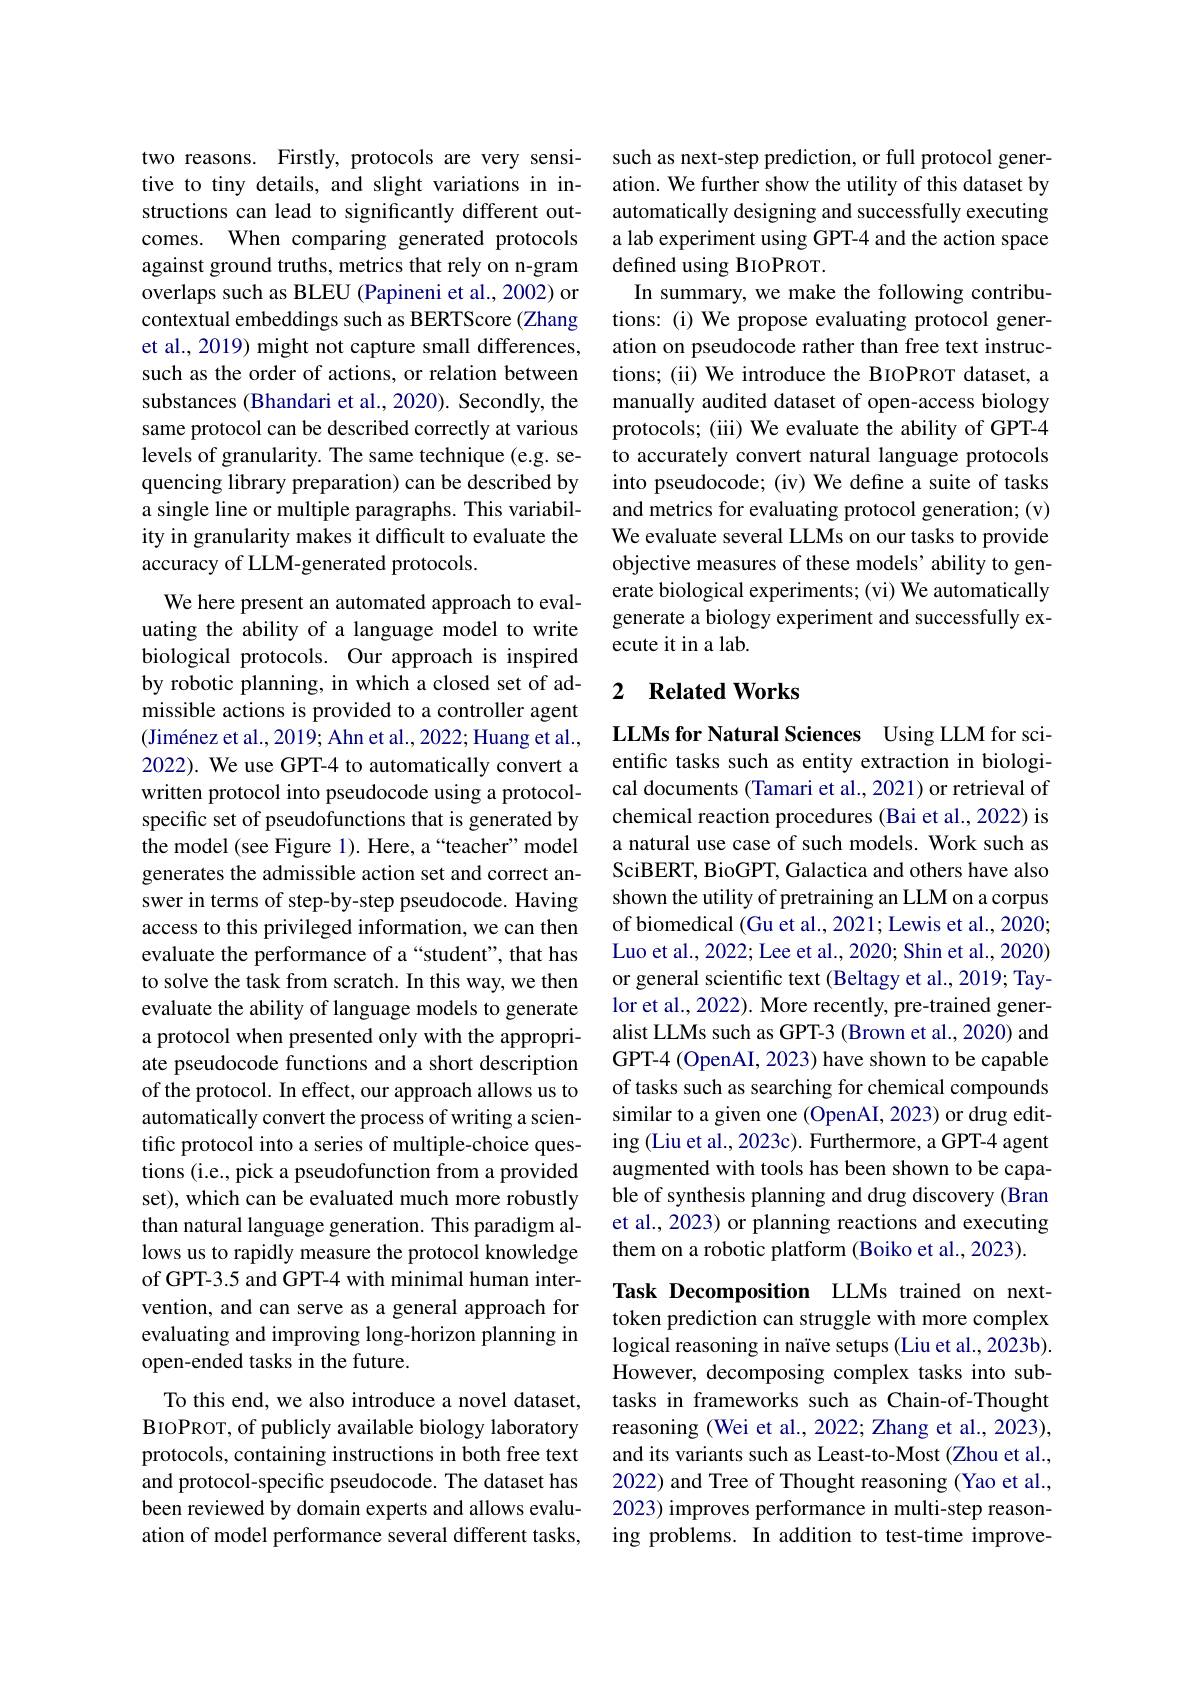
two reasons. Firstly, protocols are very sensitive to tiny details, and slight variations in instructions can lead to significantly different outcomes. When comparing generated protocols against ground truths, metrics that rely on n-gram overlaps such as BLEU (Papineni et al., 2002) or contextual embeddings such as BERTScore (Zhang et al., 2019) might not capture small differences, such as the order of actions, or relation between substances (Bhandari et al., 2020). Secondly, the same protocol can be described correctly at various levels of granularity. The same technique (e.g. sequencing library preparation) can be described by a single line or multiple paragraphs. This variability in granularity makes it difficult to evaluate the accuracy of LLM-generated protocols.

We here present an automated approach to evaluating the ability of a language model to write biological protocols. Our approach is inspired by robotic planning, in which a closed set of admissible actions is provided to a controller agent $( \text{Jim\' {e}nezetal. , 2019; Ahnetal. , 2022; Huangetal. , }$ 2022). We use GPT-4 to automatically convert a written protocol into pseudocode using a protocolspecific set of pseudofunctions that is generated by the model (see Figure 1). Here, a“teacher” model generates the admissible action set and correct answer in terms of step-by-step pseudocode. Having access to this privileged information, we can then evaluate the performance of a “student”, that has to solve the task from scratch. In this way, we then evaluate the ability of language models to generate a protocol when presented only with the appropriate pseudocode functions and a short description of the protocol. In effect, our approach allows us to automatically convert the process of writing a scientific protocol into a series of multiple-choice questions (i.e., pick a pseudofunction from a provided set), which can be evaluated much more robustly than natural language generation. This paradigm allows us to rapidly measure the protocol knowledge of GPT-3.5 and GPT-4 with minimal human intervention, and can serve as a general approach for evaluating and improving long-horizon planning in open-ended tasks in the future.
To this end, we also introduce a novel dataset, BIOPROT, of publicly available biology laboratory protocols, containing instructions in both free text and protocol-specific pseudocode. The dataset has been reviewed by domain experts and allows evaluation of model performance several different tasks,

such as next-step prediction, or full protocol generation. We further show the utility of this dataset by automatically designing and successfully executing a lab experiment using GPT-4 and the action space defined using BIOPROT.
In summary, we make the following contributions: (i) We propose evaluating protocol generation on pseudocode rather than free text instructions; (ii) We introduce the BIOPROT dataset, a manually audited dataset of open-access biology protocols; (iii) We evaluate the ability of GPT-4 to accurately convert natural language protocols into pseudocode; (iv) We define a suite of tasks and metrics for evaluating protocol generation; (v) We evaluate several LLMs on our tasks to provide objective measures of these models' ability to generate biological experiments; (vi) We automatically generate a biology experiment and successfully execute it in a lab.

## 2 Related Works

LLMs for Natural Sciences Using LLM for scientific tasks such as entity extraction in biological documents (Tamari et al., 2021) or retrieval of chemical reaction procedures (Bai et al., 2022) is a natural use case of such models. Work such as SciBERT, BioGPT, Galactica and others have also shown the utility of pretraining an LLM on a corpus of biomedical (Gu et al., 2021; Lewis et al., 2020; Luo et al., 2022; Lee et al., 2020; Shin et al., 2020) or general scientific text (Beltagy et al., 2019; Taylor et al., 2022). More recently, pre-trained generalist LLMs such as GPT-3 (Brown et al., 2020) and GPT-4 (OpenAI, 2023) have shown to be capable of tasks such as searching for chemical compounds similar to a given one (OpenAI, 2023) or drug editing (Liu et al., 2023c). Furthermore, a GPT-4 agent augmented with tools has been shown to be capable of synthesis planning and drug discovery (Bran et al., 2023) or planning reactions and executing them on a robotic platform (Boiko et al., 2023).

Task Decomposition LLMs trained on nexttoken prediction can struggle with more complex logical reasoning in naïve setups (Liu et al., 2023b). However, decomposing complex tasks into subtasks in frameworks such as Chain-of-Thought reasoning (Wei et al., 2022; Zhang et al., 2023), and its variants such as Least-to-Most (Zhou et al., 2022) and Tree of Thought reasoning (Yao et al., 2023) improves performance in multi-step reasoning problems. In addition to test-time improve-